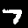
Digit: 7